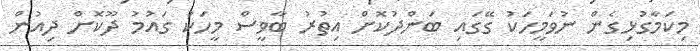
މިކަމާގުޅިގެން ނުވަމީހަކު ގޭގައި ބަންދުކޮށް އިތުރު ބާވީސް މީހަކު ގައުމު ދޫކޮށް ދިއުން